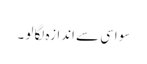
سو اسی سے اندازہ لگا لو ۔